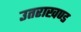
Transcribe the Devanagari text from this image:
उतराखण्ड